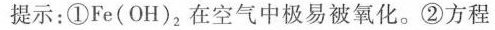
提示：①Fe(OH)_{2}在空气中极易被氧化。②方程